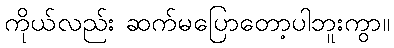
ကိုယ်လည်း ဆက်မပြောတော့ပါဘူးကွာ။